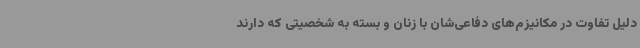
دلیل تفاوت در مکانیزم‌های دفاعی‌شان با زنان و بسته به شخصیتی که دارند